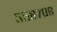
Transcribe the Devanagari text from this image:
५५६७०८